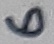
Text: 6